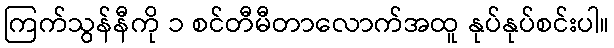
ကြက်သွန်နီကို ၁ စင်တီမီတာလောက်အထူ နုပ်နုပ်စင်းပါ။